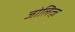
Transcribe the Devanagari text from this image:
जोलित्ज़